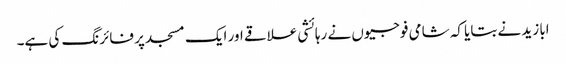
ابا زید نے بتایا کہ شامی فوجیوں نے رہائشی علاقے اور ایک مسجد پر فائرنگ کی ہے۔